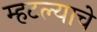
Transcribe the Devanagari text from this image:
म्हटल्याचे